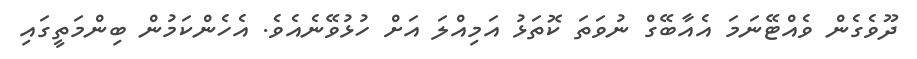
ދޫވެގެން ވެއްޓޭނަމަ އެއާބޭގް ނުވަތަ ކޮތަޅު އަމިއްލަ އަށް ހުޅުވޭނެއެވެ. އެހެންކަމުން ބިންމަތީގައި